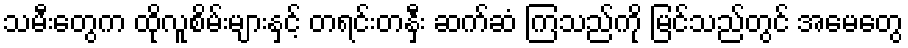
သမီးတွေက ထိုလူစိမ်းများနှင့် တရင်းတနှီး ဆက်ဆံ ကြသည်ကို မြင်သည်တွင် အမေတွေ